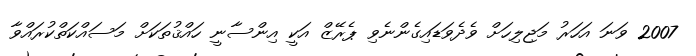
2007 ވަނަ އަހަރު މަޖިލިހަށް ވެދެވަޑައިގެންނެވި ޕެރޭޒް އަކީ އިންސާނީ ހައްޤުތަކަށް މަސައްކަތްކުރައްވާ